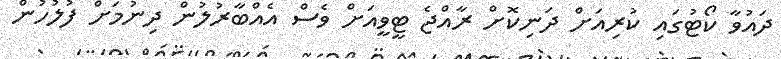
ދައުވާ ކޯޓުގައި ކުރިއަށް ދަނިކޮށް ރާއްޖެ ޓީވީއަށް ވެސް އެއްބާރުލުން ދިނުމަށް ފުލުހުން